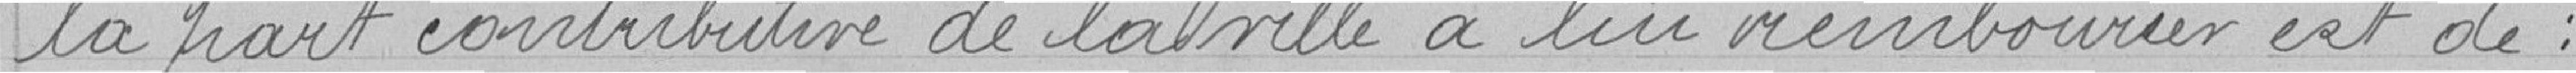
la part contributive de la ville à lui rembourser est de :